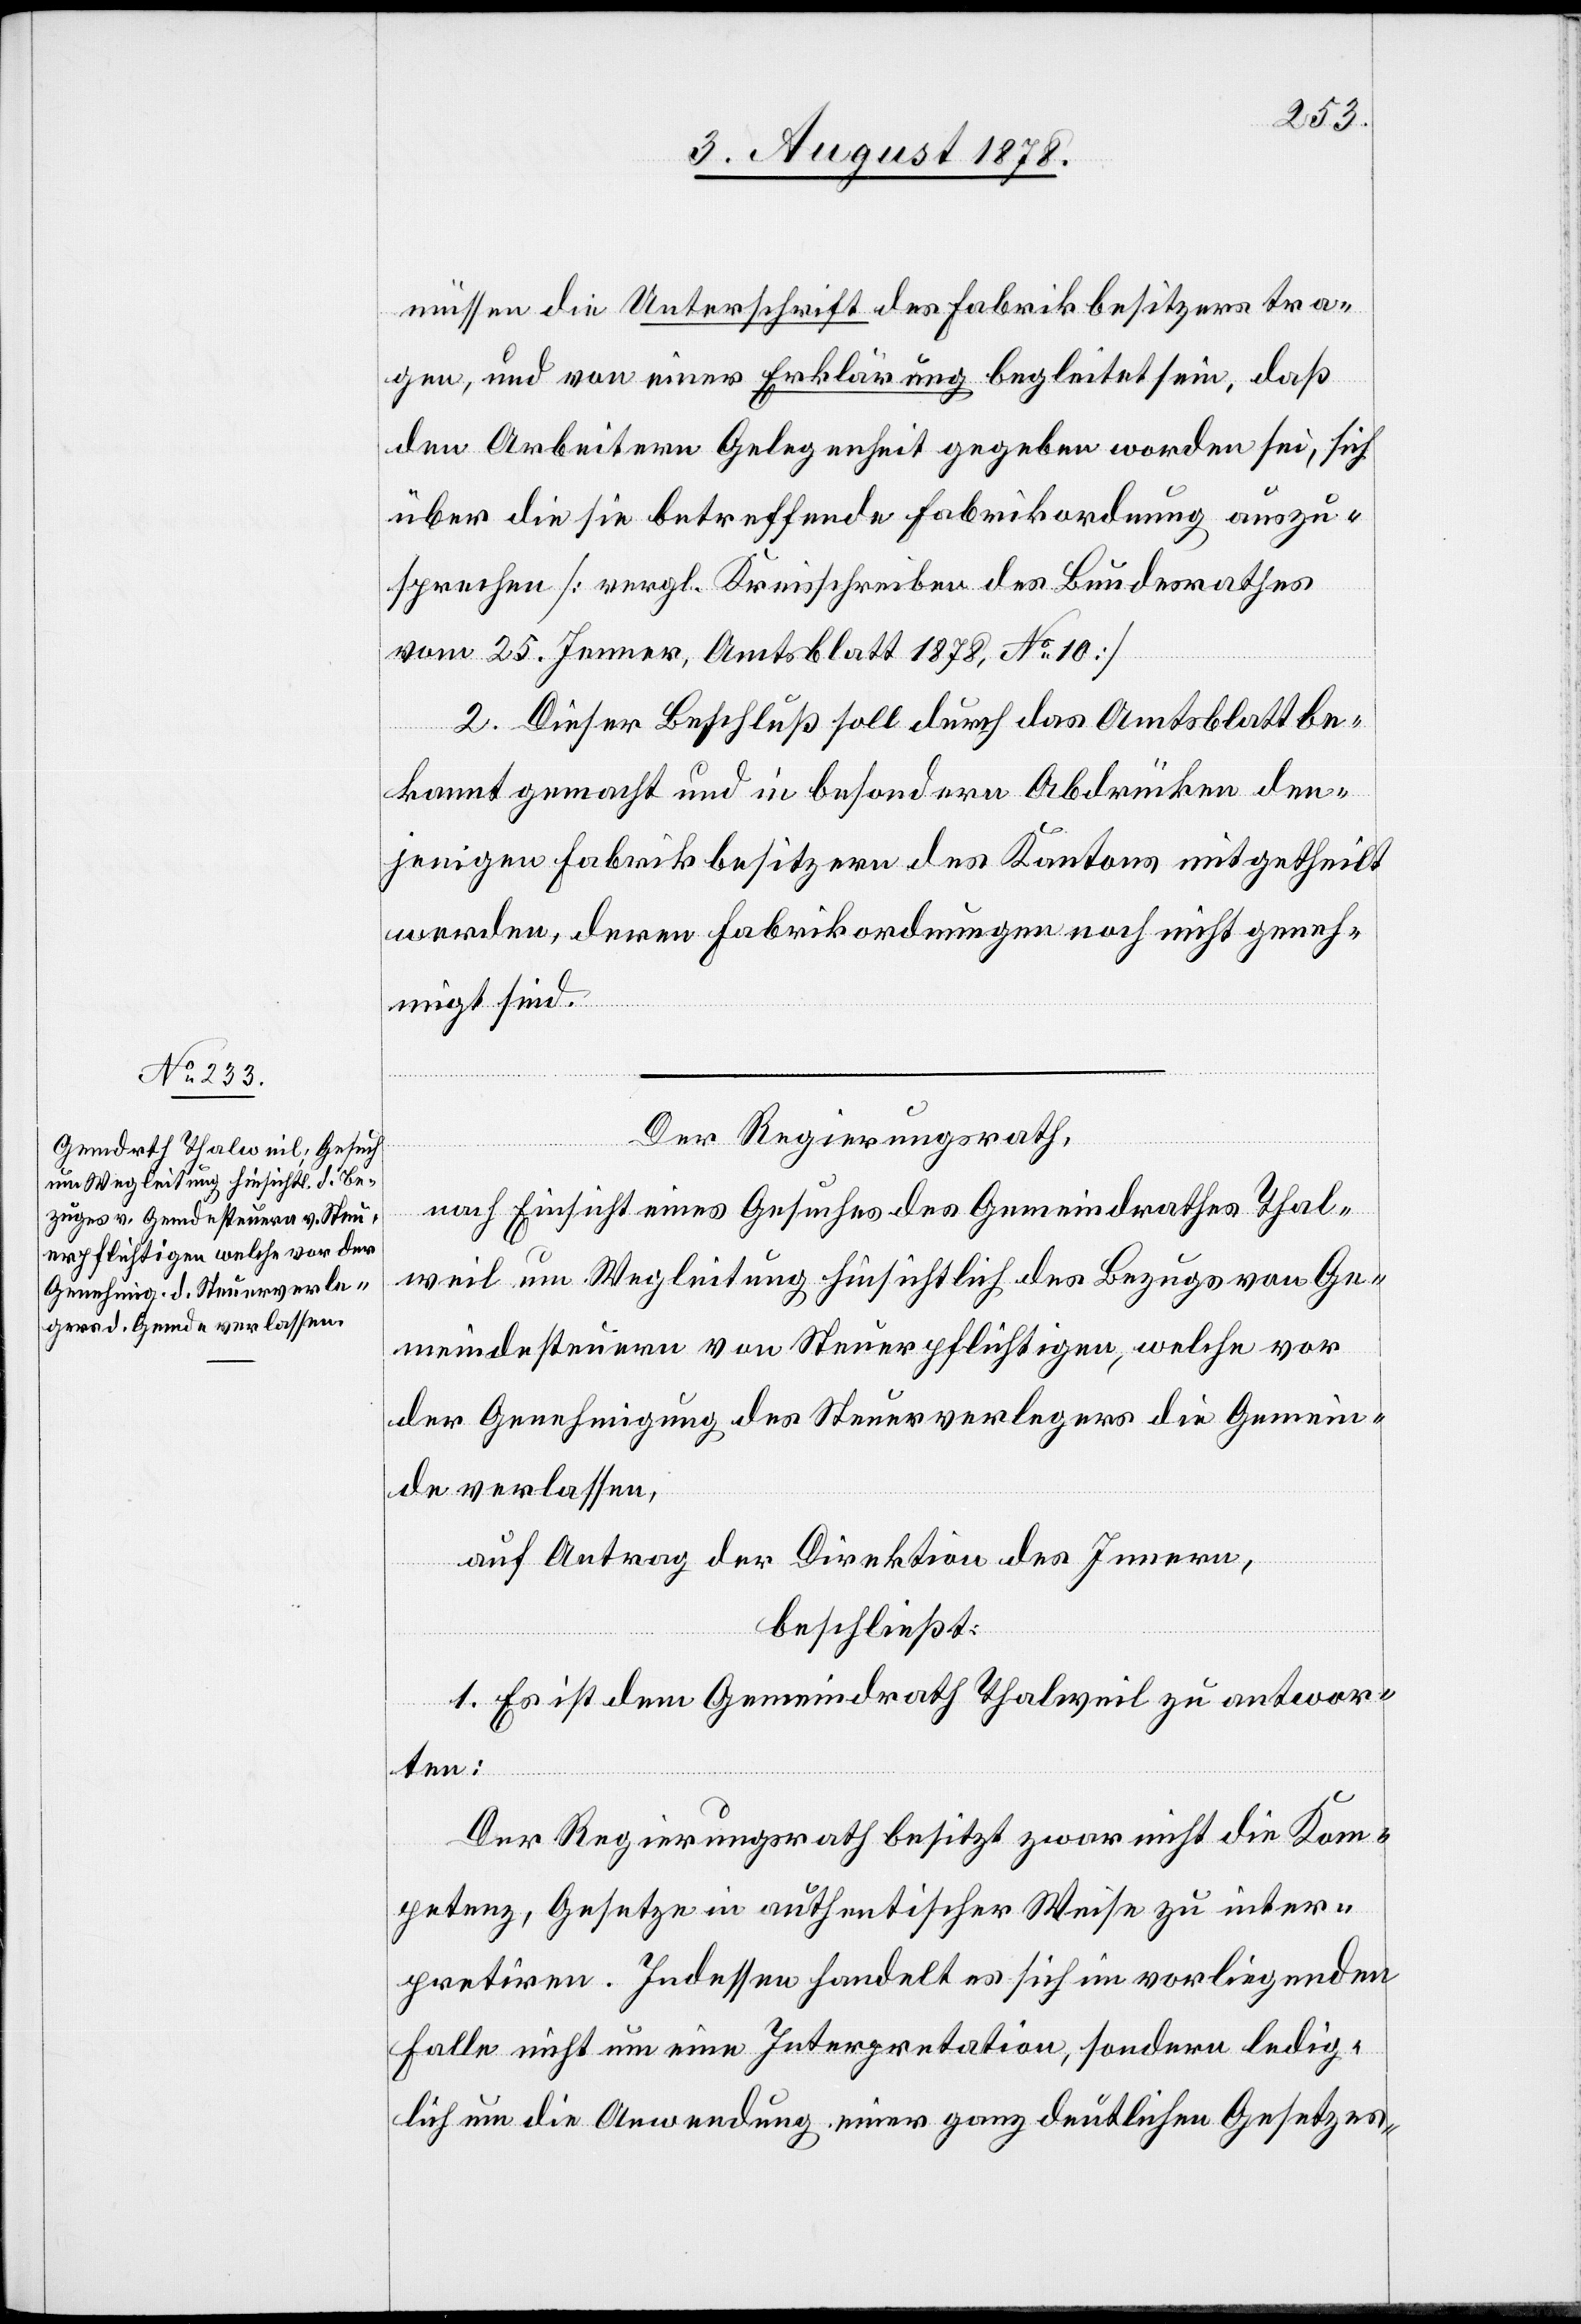
Der Regierungsrath,
nach Einsicht eines Gesuches des Gemeindrathes Thal¬
weil um Wegleitung hinsichtlich des Bezugs von Ge¬
meindesteuern von Steuerpflichtigen, welche vor
der Genehmigung des Steuerverlegers die Gemein¬
de verlassen,
auf Antrag der Direktion des Innern,
beschließt:
1. Es ist dem Gemeindrath Thalweil zu antwor¬
ten:
Der Regierungsrath besitzt zwar nicht die Kom¬
petenz, Gesetze in authentischer Weise zu inter¬
pretiren. Indessen handelt es sich im vorliegenden
Falle nicht um eine Interpretation, sondern ledig¬
lich um die Anwendung einer ganz deutlichen Gesetzes-